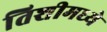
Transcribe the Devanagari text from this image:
तिशीमध्ये